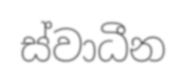
ස්වාධීන